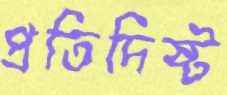
প্রতিদিষ্ট